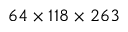
6 4 \times 1 1 8 \times 2 6 3